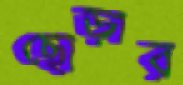
ছোড়ার